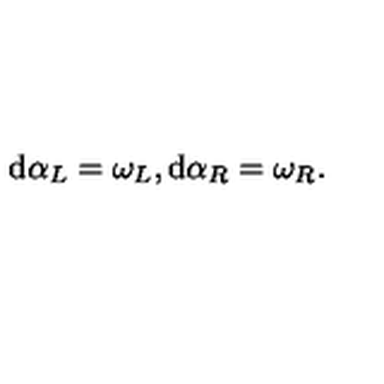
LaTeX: \mathrm { d } \alpha _ { L } = \omega _ { L } , \mathrm { d } \alpha _ { R } = \omega _ { R } .